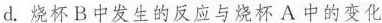
d.烧杯B中发生的反应与烧杯A中的变化